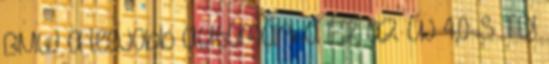
BMW a legjobb autómárka Ez az új 4,0-s TDI